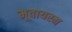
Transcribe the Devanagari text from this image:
मूवायरम